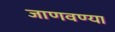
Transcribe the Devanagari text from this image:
जाणवण्या